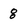
Character: 8